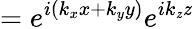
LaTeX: =e^{i(k_{x}x+k_{y}y)}e^{ik_{\mathit{z}}\mathit{z}}